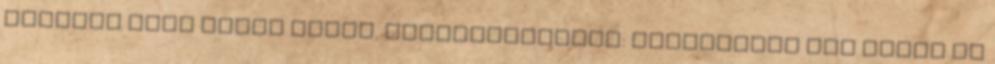
illetve zöld nylon inget. sorhajóhadnagy: Véletlenül nem írtad el